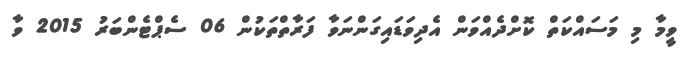
ވީމާ މި މަސައްކަތް ކޮށްދެއްވަން އެދިވަޑައިގަންނަވާ ފަރާތްތަކުން 06 ސެޕްޓެންބަރު 2015 ވާ